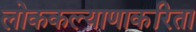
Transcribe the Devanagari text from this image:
लोककल्याणाकरिता